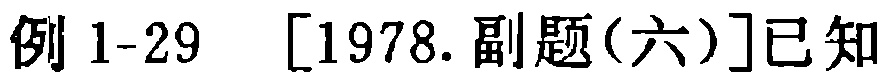
例 1-29  [1978.副题(六)]已知